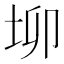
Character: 𡊧